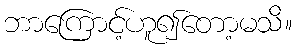
ဘာကြောင့်ဟူ၍တော့မသိ။